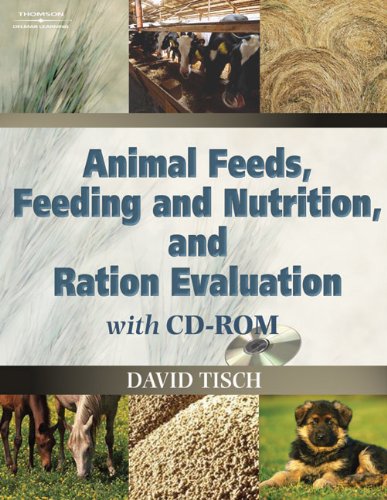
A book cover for Animal Feeds, Feeding and Nutrition, and Ration Evaluation; David Tisch; Science & Math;